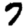
Digit: 7